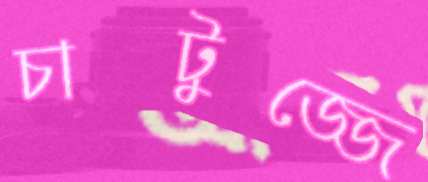
চাটুজ্জে